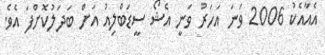
އެއާއެކު 2006 ވަނަ އަހަރު ވަނީ އެޝޯ ސީޑަބްލިއު އަށް ބަދަލުކޮށްފަ އެވެ.